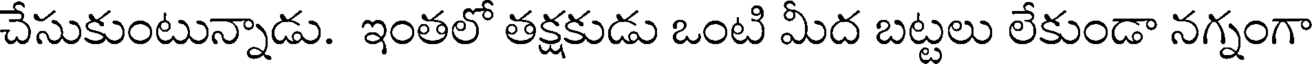
చేసుకుంటున్నాడు. ఇంతలో తక్షకుడు ఒంటి మీద బట్టలు లేకుండా నగ్నంగా